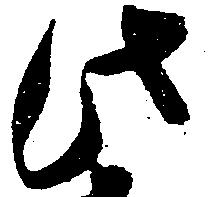
此